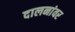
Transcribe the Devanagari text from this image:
दालनांवर